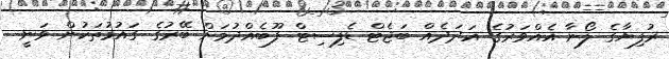
ރުފިޔާގެ ލޯނާ އެއްވަރުގެ އަދަދެއް ބަޖެޓް ޑެފިސިޓް ފޫބެއްދުމަށް ބޭރުގެ ގައުމުތަކުން ވަނީ